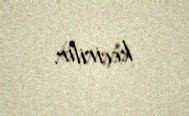
keçirilir.